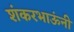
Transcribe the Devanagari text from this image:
शंकरभाऊंनी